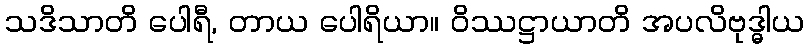
သဒိသာတိ ပေါရီ, တာယ ပေါရိယာ။ ဝိဿဋ္ဌာယာတိ အပလိဗုဒ္ဓါယ